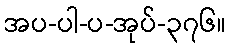
အပ-ပါ-ပ-အုပ်-၃၇၆။